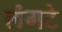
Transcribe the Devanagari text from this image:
लंगटे